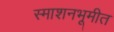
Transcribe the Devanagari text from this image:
स्माशनभूमीत